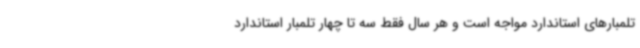
تلمبارهای استاندارد مواجه است و هر سال فقط سه تا چهار تلمبار استاندارد